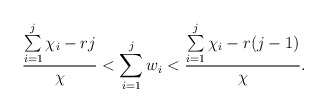
\begin{align*}\frac{\sum\limits _{i=1}^j\chi_i - rj}{\chi} < \sum\limits_{i=1}^{j}w_i < \frac{\sum\limits_{i=1}^j\chi_i - r(j-1)}{\chi}.\end{align*}